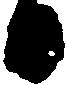
日